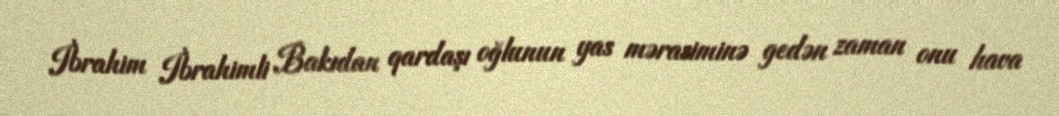
İbrahim İbrahimli Bakıdan qardaşı oğlunun yas mərasiminə gedən zaman onu hava